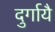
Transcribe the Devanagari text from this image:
दुर्गायै